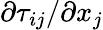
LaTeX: \partial{\tau_{ij}}/\partial{x_{j}}